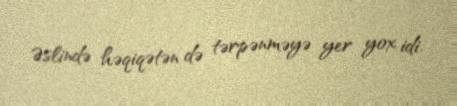
Əslində həqiqətən də tərpənməyə yer yox idi.